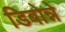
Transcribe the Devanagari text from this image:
डिबोन्ने